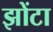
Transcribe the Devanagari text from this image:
झोंटा